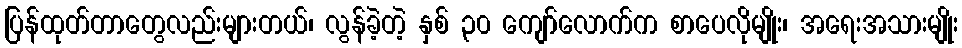
ပြန်ထုတ်တာတွေလည်းများတယ်၊ လွန်ခဲ့တဲ့ နှစ် ၃၀ ကျော်လောက်က စာပေလိုမျိုး၊ အရေးအသားမျိုး